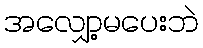
အလျှော့မပေးဘဲ